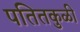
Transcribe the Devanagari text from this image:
पतितकुळी